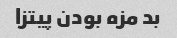
بد مزه بودن پیتزا